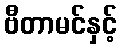
ဗီတာမင်နှင့်